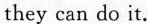
they can do it.